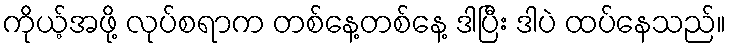
ကိုယ့်အဖို့ လုပ်စရာက တစ်နေ့တစ်နေ့ ဒါပြီး ဒါပဲ ထပ်နေသည်။